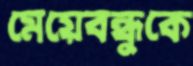
মেয়েবন্ধুকে